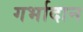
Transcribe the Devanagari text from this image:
गर्भादान